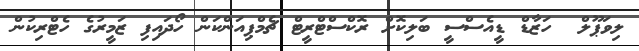
ލިވަޕޫލް  ހަޒާޑް ޑީއެސްސީ ބަލިކޮށް ރޮކްސްޓްރީޓް ޗެމްޕިއަންކަން ހޯދައިފި ޒަމީރުގެ ހެޓްރިކުން